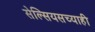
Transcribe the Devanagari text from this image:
सेल्सियसच्याही